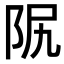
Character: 𨸰